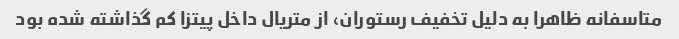
متاسفانه ظاهرا به دلیل تخفیف رستوران، از متریال داخل پیتزا کم گذاشته شده بود